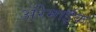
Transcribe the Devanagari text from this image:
अॅरेमाईक